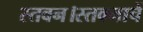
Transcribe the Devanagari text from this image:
स्तवन।स्तवनाचें